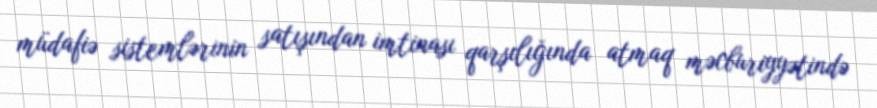
müdafiə sistemlərinin satışından imtinası qarşılığında atmaq məcburiyyətində